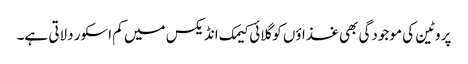
پروٹین کی موجودگی بھی غذاؤں کو گلائی کیمک انڈیکس میں کم اسکور دلاتی ہے۔